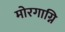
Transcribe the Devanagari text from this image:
मोरगाग्नि